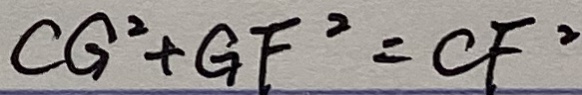
C G ^ { 2 } + G F ^ { 2 } = C F ^ { 2 }